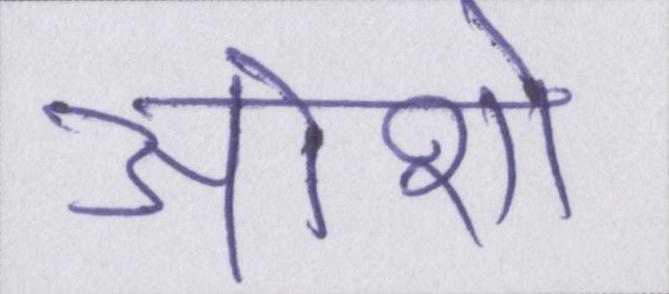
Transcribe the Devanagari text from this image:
ओशो